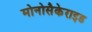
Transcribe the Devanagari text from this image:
मोनोसैकेराइड